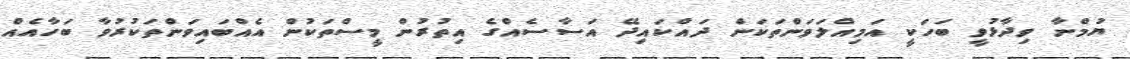
ޔުމްނާ ވިދާޅުވީ ބަހަކީ އަމިއްލަވަންތަކަން ދައްކައިދޭ އަސާސެއްގެ އިތުރުން މީސްތަކުން އެއްބައިވަންތަކުރުވާ ބަހާއެއް